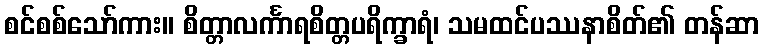
စင်စစ်သော်ကား။ စိတ္တာလင်္ကာရစိတ္တပရိက္ခာရံ၊ သမထင်ပဿနာစိတ်၏ တန်ဆာ